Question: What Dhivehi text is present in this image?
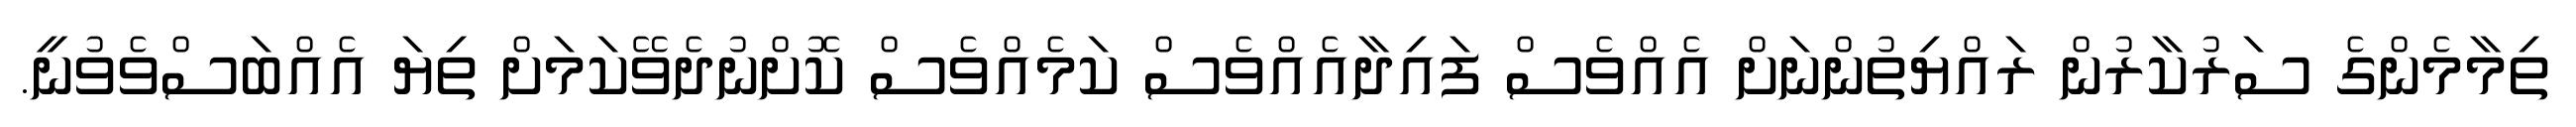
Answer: ތިމާމެންގެ ސަރުކާރުން ރައްޔިތުންނަށް އެއްވެސް ފައިދާއެއްވެސް ކަމެއްވެސް ކޮށްނުދެވޭކަމަށް ތިޔަ އެއްބަސްވެވުނީ.